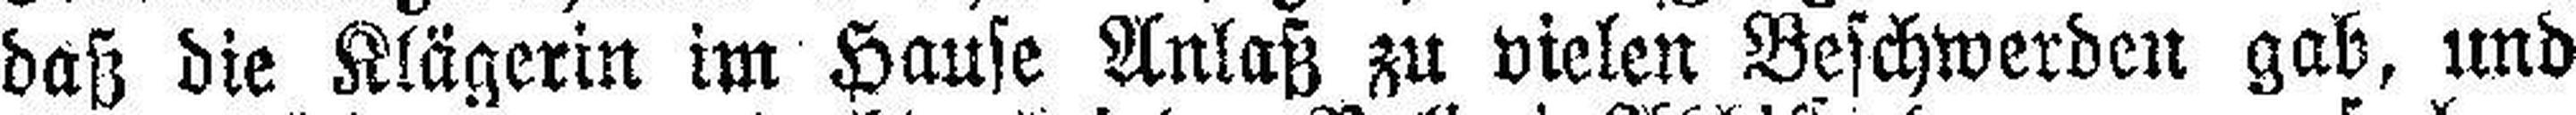
daß die Klägerin im Hause Anlaß zu vielen Beschwerden gab, und